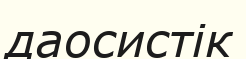
даосистік